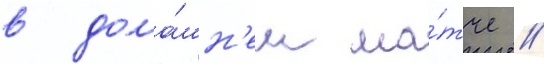
в дома́шн'ем ма́тче //